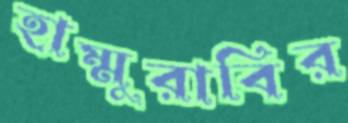
হাম্মুরাবির